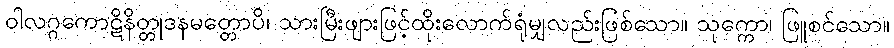
ဝါလဂ္ဂကောဋိနိတ္တုဒနမတ္တောပိ၊ သားမြီးဖျားဖြင့်ထိုးလောက်ရုံမျှလည်းဖြစ်သော။ သုက္ကော၊ ဖြူစင်သော။